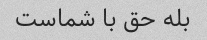
بله حق با شماست